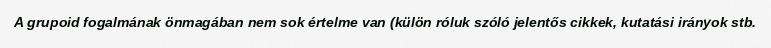
A grupoid fogalmának önmagában nem sok értelme van (külön róluk szóló jelentős cikkek, kutatási irányok stb.